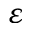
\varepsilon